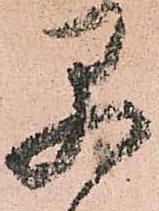
早